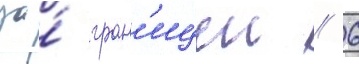
за́ гран'ицеи // 6